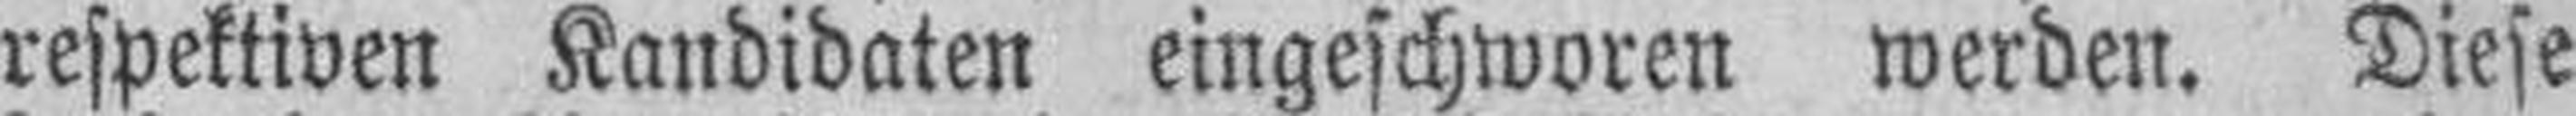
respektiven Kandidaten eingeschworen werden. Diese